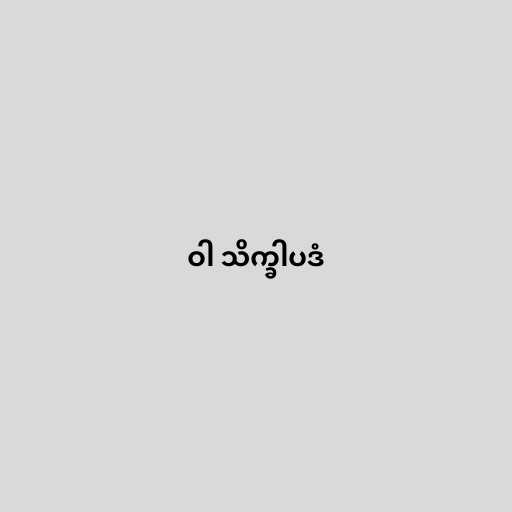
ဝါ သိက္ခါပဒံ